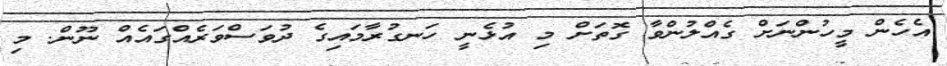
އެހެން މީހުންނަށް ގެއްލުންވާ ގޮތަށް މި އުޅެނީ ހަނގުރާމައިގެ ދުވަސްވަރެއްގައެއް ނޫން. މި